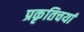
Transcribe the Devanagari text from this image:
प्रकृतिचर्या